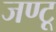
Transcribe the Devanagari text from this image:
जण्टू